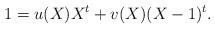
\begin{align*}1 = u(X)X^t + v(X)(X-1)^t.\end{align*}